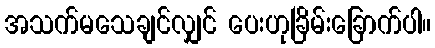
အသက်မသေချင်လျှင် ပေးဟုခြိမ်းခြောက်ပါ။